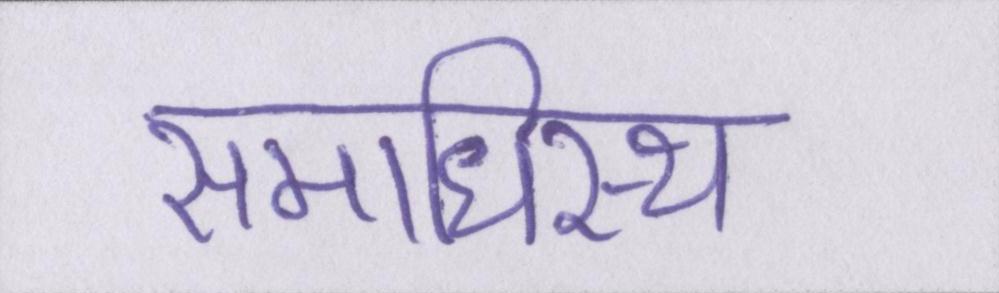
समाधिस्थ